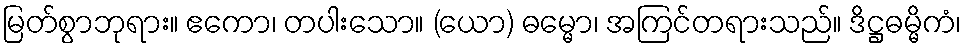
မြတ်စွာဘုရား။ ဧကော၊ တပါးသော။ (ယော) ဓမ္မော၊ အကြင်တရားသည်။ ဒိဋ္ဌဓမ္မိကံ၊